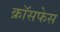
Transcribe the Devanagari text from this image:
क्रॉसफेस